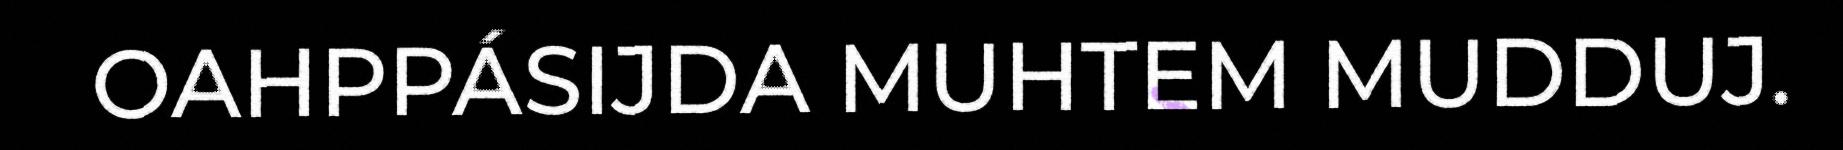
OAHPPÁSIJDA MUHTEM MUDDUJ.